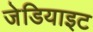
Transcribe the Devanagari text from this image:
जेडियाइट